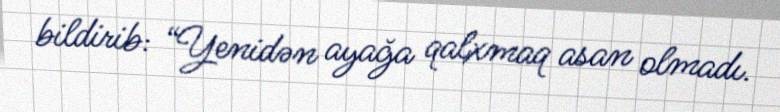
bildirib: “Yenidən ayağa qalxmaq asan olmadı.